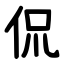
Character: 侃